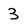
Character: 3